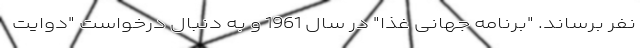
نفر برساند. "برنامه جهانی غذا" در سال 1961 و به دنبال درخواست "دوایت